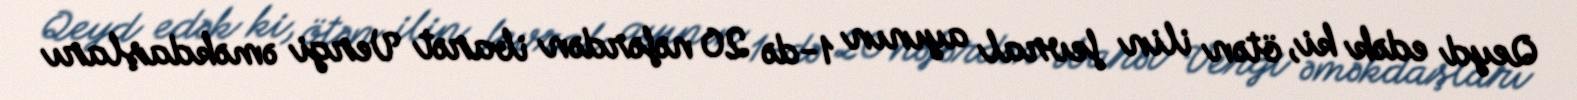
Qeyd edək ki, ötən ilin fevral ayının 1-də 20 nəfərdən ibarət Vergi əməkdaşları